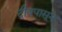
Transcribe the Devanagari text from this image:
दीवपासून